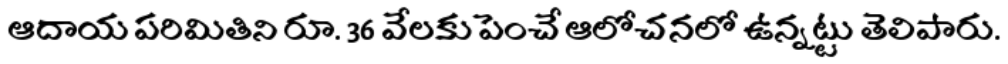
ఆదాయ పరిమితిని రూ. 36 వేలకు పెంచే ఆలోచనలో ఉన్నట్టు తెలిపారు.